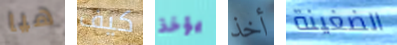
هيا كيف يؤخذ أخذ الضغينة